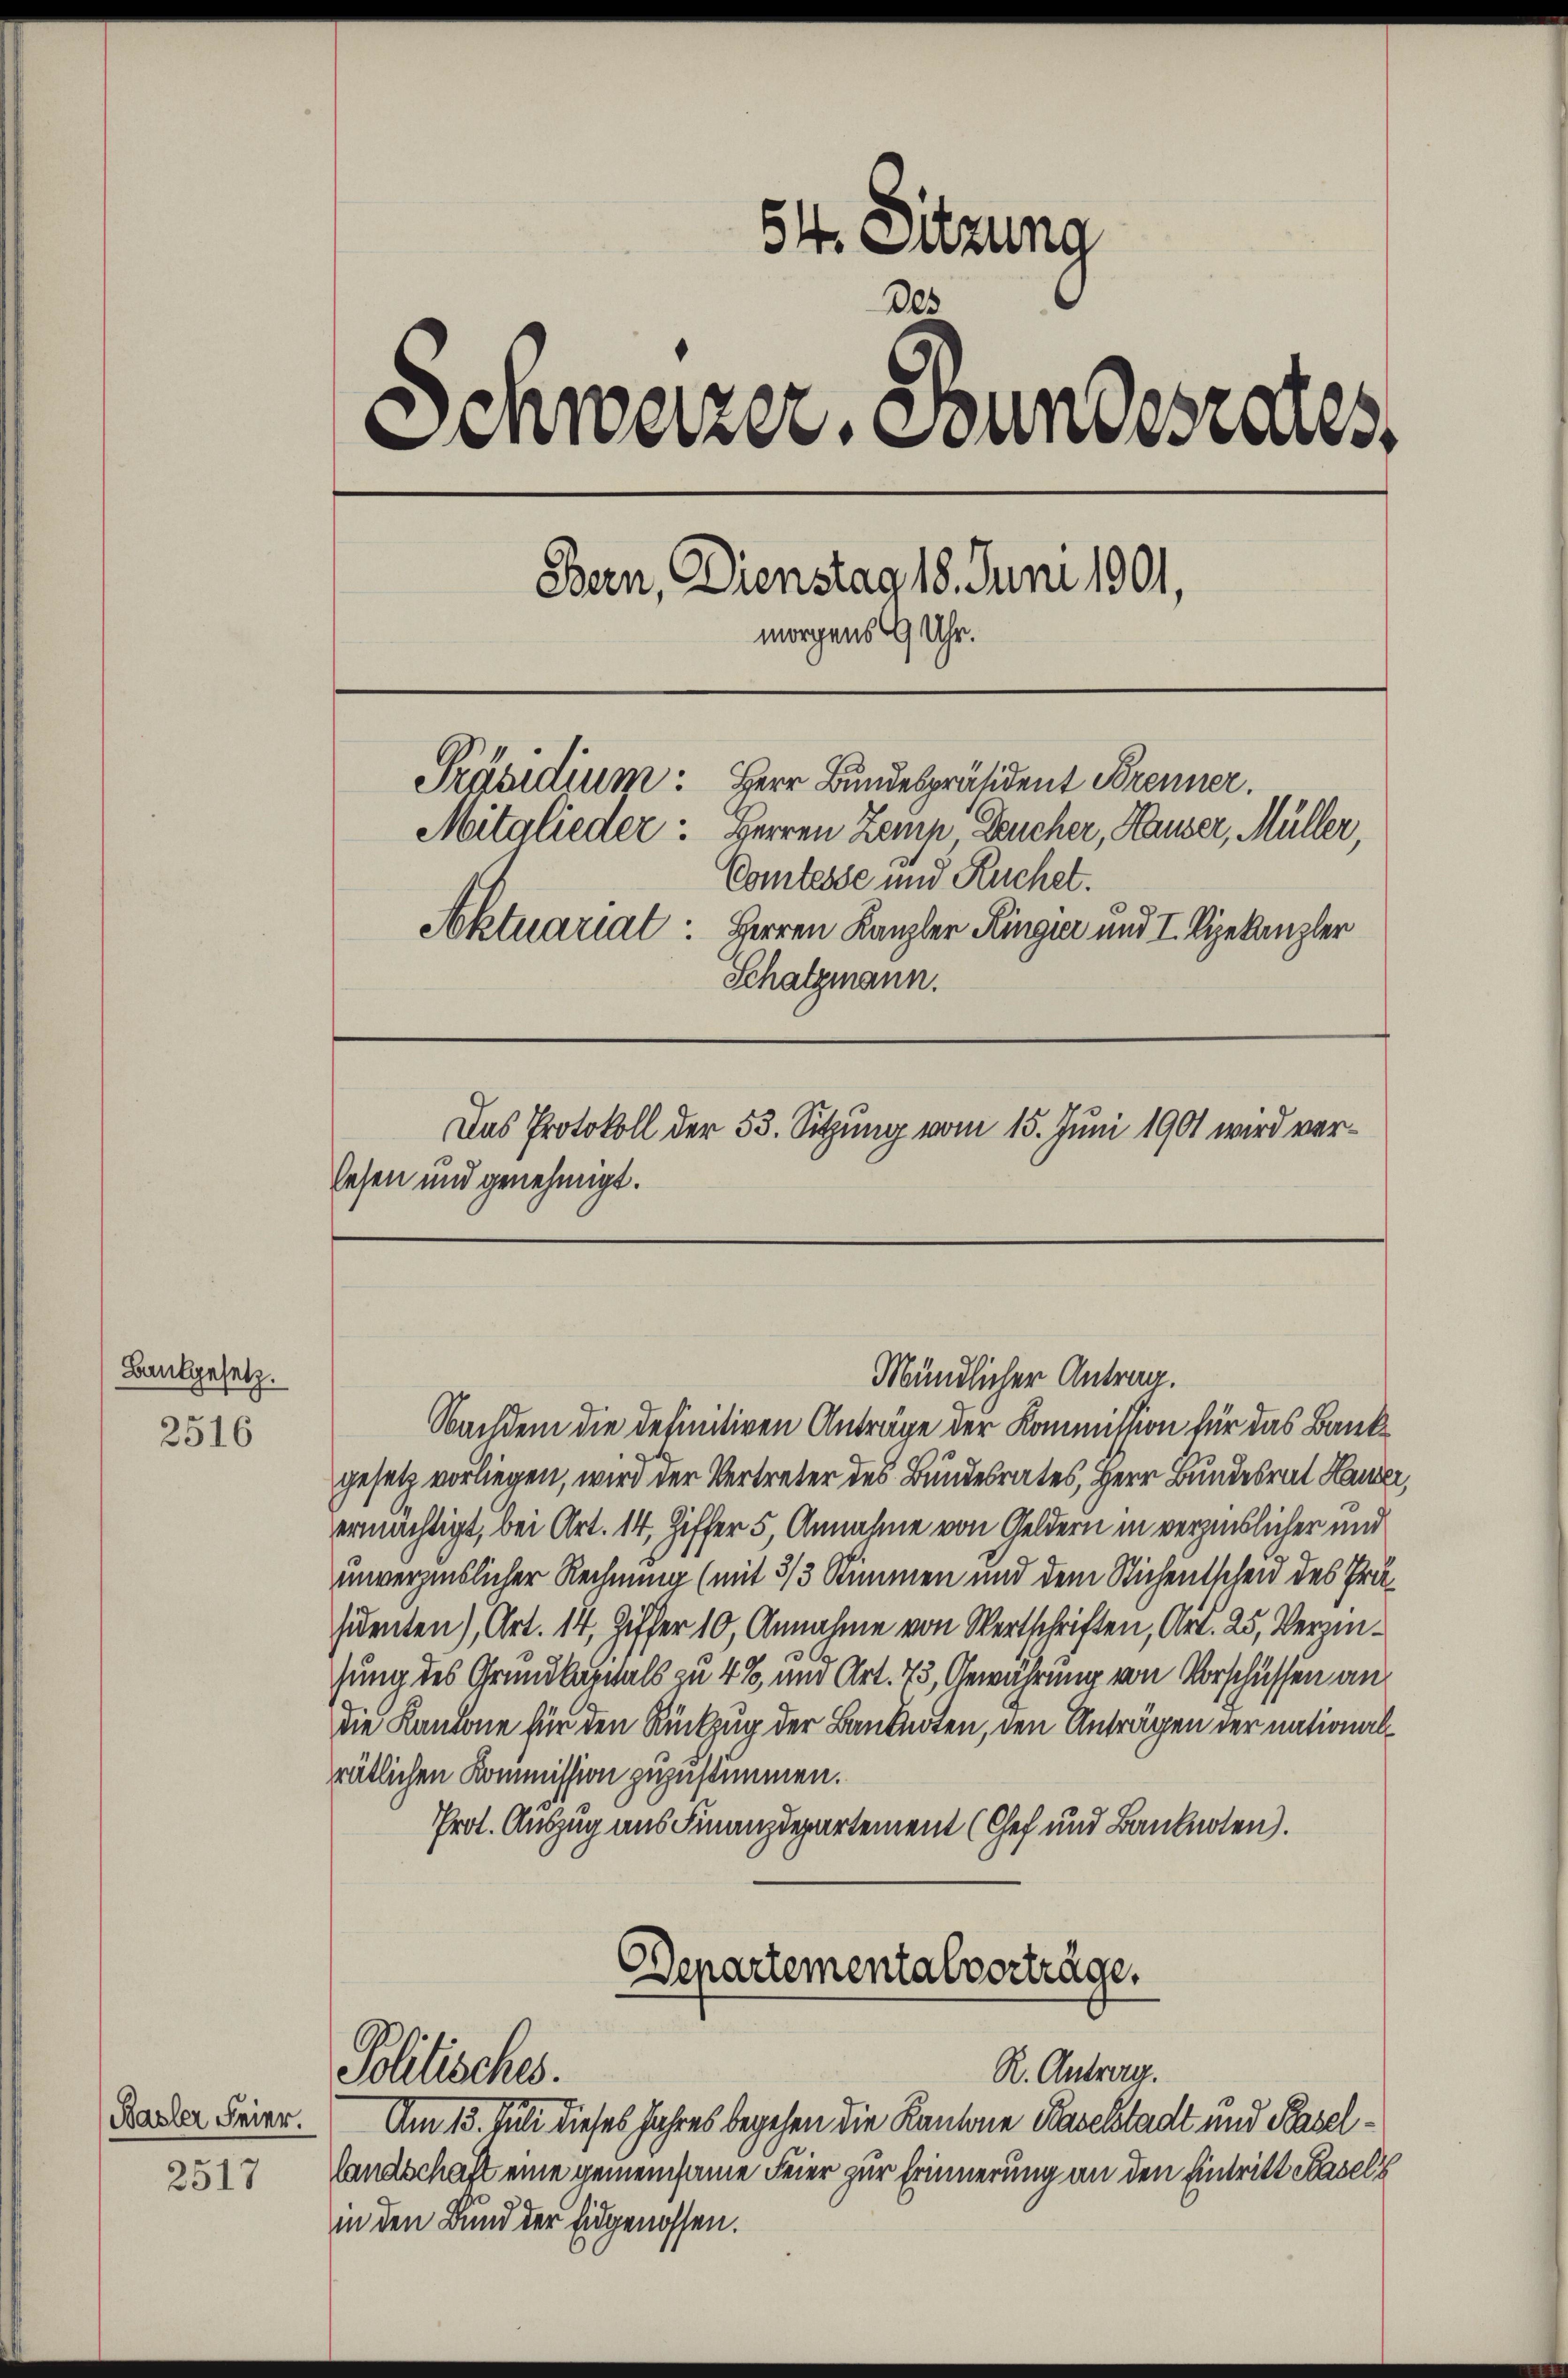
Bankgesetz.

2516

Basler Feier.

2517

54. Sitzung
des
Einweizer. Stundesrates,
Bern, Dienstag 18. Juni 1901,
morgens 9 Uhr.
Herr Bundespräsident Brenner.
Präsidium:
Mitglieder: Herren Zemp, Deucher, Hauser, Müller,
Comtesse und Ruchet.
Aktuariat: Herren Kanzler Ringier und I. Vizekanzler
Schatzmann.
Das Protokoll der 53. Sitzung vom 15. Juni 1901 wird verlesen und genehmigt.

Mündlicher Antrag.

Nachdem die definitiven Anträge der Kommission für das Bankgesetz vorliegen, wird der Vertreter des Bundesrates, Herr Bundesrat Hauer,
ermächtigt, bei Art. 14, Ziffer 5, Annahme von Geldern in verzinslicher und
unverzinslicher Rechnung (mit 3/3 Stimmen und dem Sichentscheid des Präsidenten), Art. 14, Ziffer 10, Annahme von Wertschriften, Art. 25, Verzinhung des Grundlagnals zu 4% um Art. 73, Gewährung von Vorschüssen an
die Kantone für den Rückzug der Banknoten, den Anträgen der nationalrätlichen Kommission zuzustimmen.
Prot. Auszug aus Finanzdepartement (Chef und Banknoten).

Departementalvorträge.
R. Antrag.
Politisches.

Am 13. Juli dieses Jahres begehen die Kantone Baselstadt und Basel¬
Landschaft eine gemeinsame Feier zur Erinnerung an den Eintritt Kasels
in den Bund der Eidgenossen.